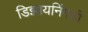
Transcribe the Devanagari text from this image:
डिझायनिंगशी